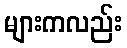
များကလည်း